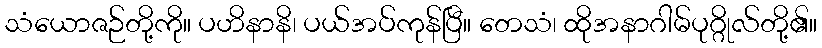
သံယောဇဉ်တို့ကို။ ပဟိနာနိ၊ ပယ်အပ်ကုန်ပြီ။ တေသံ၊ ထိုအနာဂါမ်ပုဂ္ဂိုလ်တို့၏။